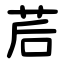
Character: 茩